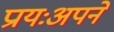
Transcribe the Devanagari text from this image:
प्रायःअपने